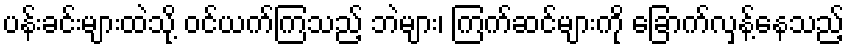
ပန်းခင်းများထဲသို့ ဝင်ယက်ကြသည့် ဘဲများ၊ ကြက်ဆင်များကို ခြောက်လှန့်နေသည့်